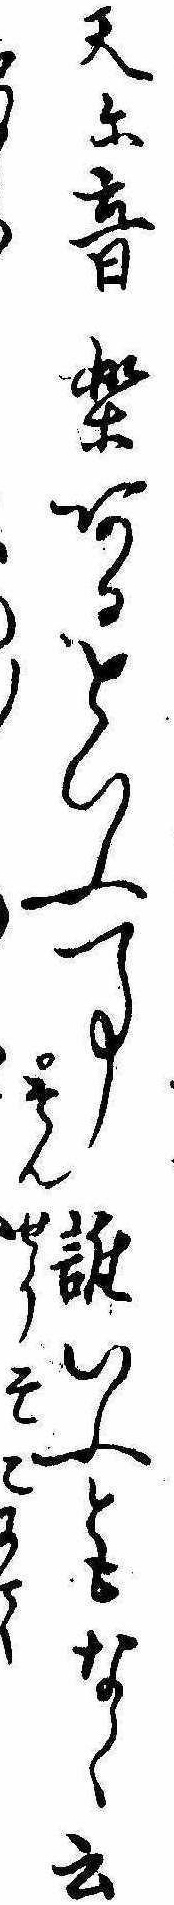
天に音楽あるといふ事誰いふともなく云そんせうそこにて